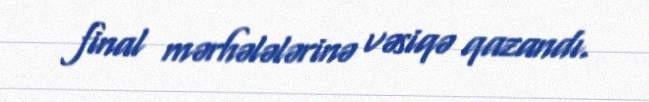
final mərhələlərinə vəsiqə qazandı.